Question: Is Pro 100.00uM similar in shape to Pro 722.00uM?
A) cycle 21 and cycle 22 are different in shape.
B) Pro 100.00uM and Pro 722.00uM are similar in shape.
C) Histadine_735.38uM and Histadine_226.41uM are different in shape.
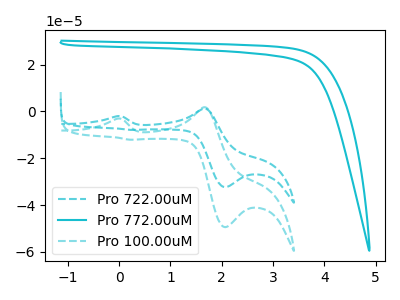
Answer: <think>The cyan dashed curve "Pro 722.00uM" has anodic peaks at (-0.05V, -2.05uA) (1.65V, 1.15uA) and cathodic peaks at (2.05V, -32.35uA) (0.20V, -7.90uA). The cyan curve "Pro 772.00uM" has no peaks. The cyan dashed curve "Pro 100.00uM" has anodic peaks at (-0.05V, -3.10uA) (1.65V, 1.75uA) and cathodic peaks at (2.05V, -49.40uA) (0.20V, -12.10uA).
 All the peaks in "Pro 100.00uM" have a peak in "Pro 722.00uM" at the same potential.</think>
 <answer>B) "Pro 100.00uM" and "Pro 722.00uM" are similar in shape.</answer>
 <eval>B</eval>